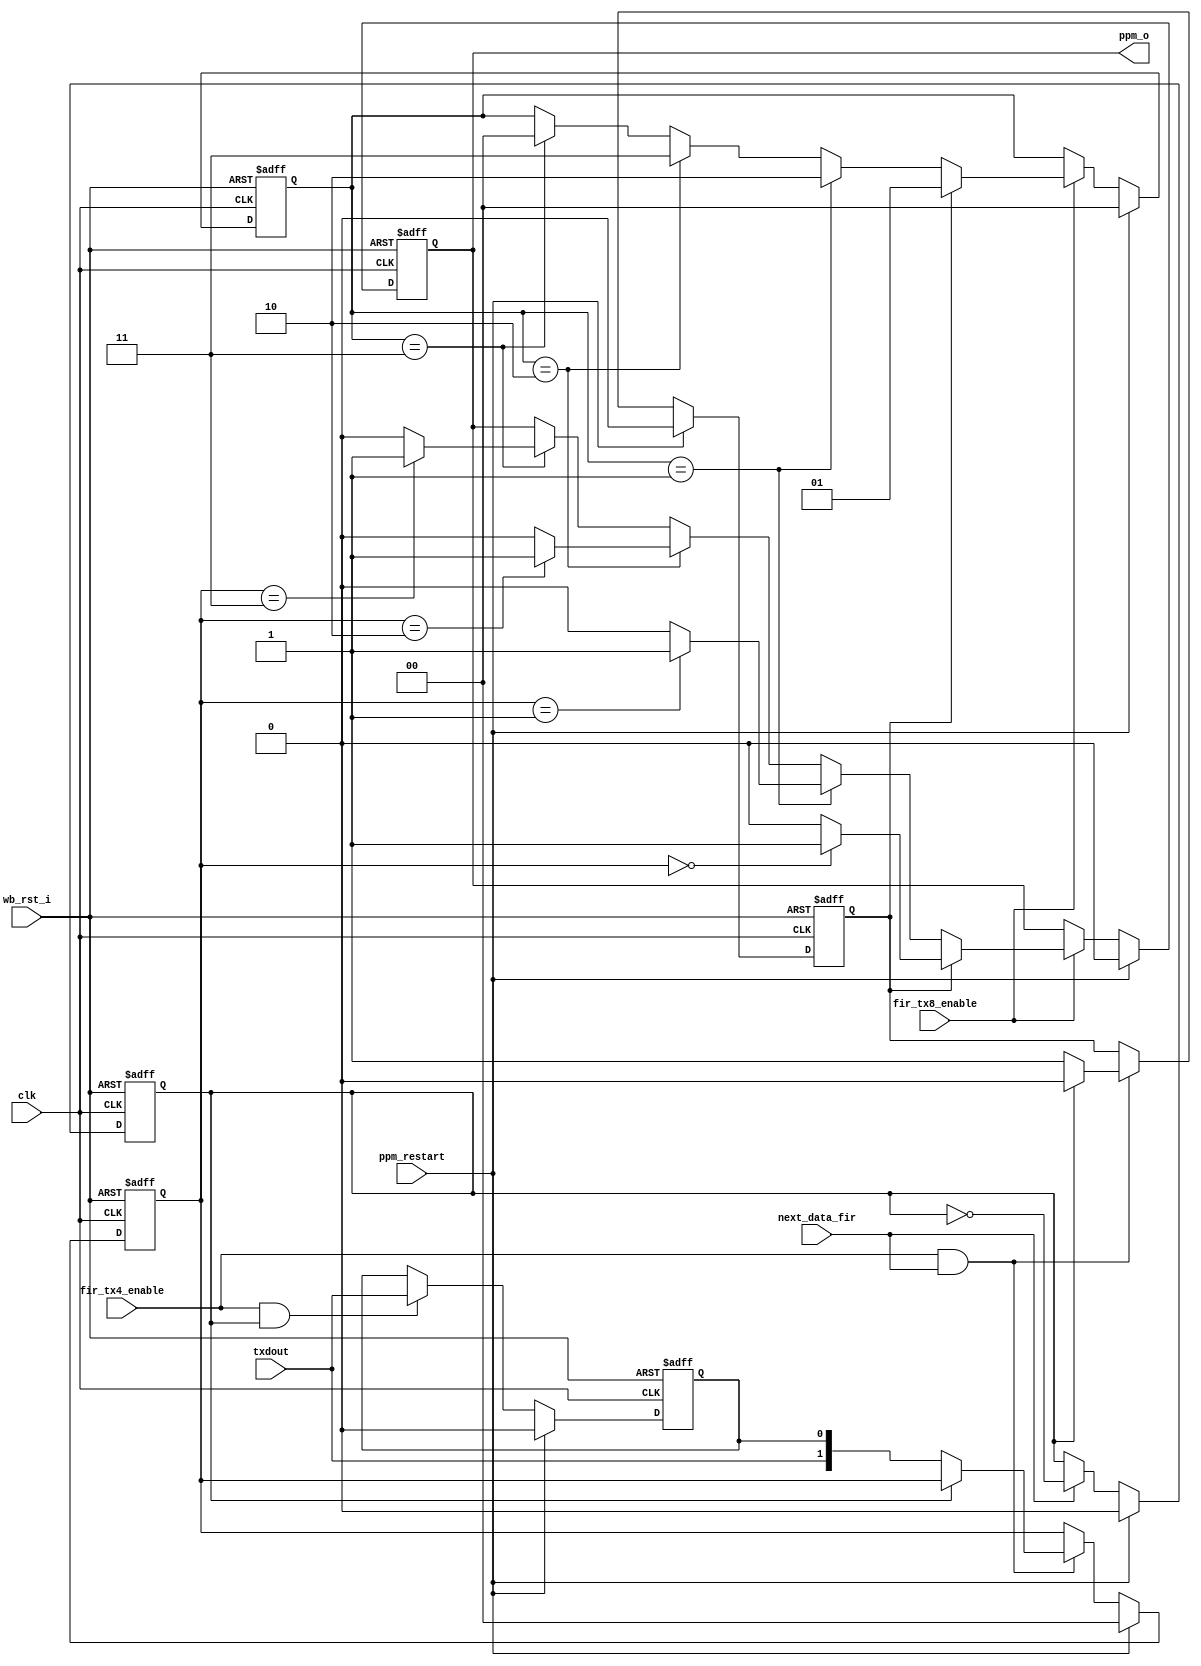
module irda_fir_4ppm_encoder (clk, wb_rst_i, ppm_restart, fir_tx8_enable, fir_tx4_enable, 
			next_data_fir, txdout, ppm_o);

input		clk;
input		wb_rst_i;
input		ppm_restart;
input		fir_tx8_enable;
input		fir_tx4_enable;
input		next_data_fir;
input		txdout; // input to the module is output from the CRC module

output	ppm_o;

reg			ppm_o;

reg			buffer;
reg			div2;
reg	[1:0]	dbp; // data bit pair (to be encoded)
reg			new_dbp;

// enabled every 2 bits
always @(posedge clk or posedge wb_rst_i)
begin
	if (wb_rst_i) begin
		div2 <= #1 0;
	end else if (ppm_restart)
		div2 <= #1 0;
	else if (next_data_fir)
		div2 <= #1 ~div2;
end

// input level (works at 4 Mhz)
always @(posedge clk or posedge wb_rst_i)
begin
	if (wb_rst_i) begin
		buffer <= #1 0;
	end else if (ppm_restart)
		buffer <= #1 0;
	else if 	(fir_tx4_enable && div2)
		buffer <= #1 txdout; // get input data to buffer once in 2 bits
end

// 2-bit holder register
always @(posedge clk or posedge wb_rst_i)
begin
	if (wb_rst_i) begin
		dbp <= #1 0;
		new_dbp <= #1 0;
	end else if (ppm_restart) begin
		dbp <= #1 0;
		new_dbp <= #1 0;
	end else if (fir_tx4_enable && next_data_fir)
		if ( !div2 ) begin
			dbp <= #1 {txdout, buffer};
			new_dbp <= #1 1;
		end else
			new_dbp <= #1 0;
end

reg [0:1] chip; // chip number inside the dbp

always @(posedge clk or posedge wb_rst_i)
begin
	if (wb_rst_i) begin
		ppm_o <= #1 0;
		chip <= #1 0;
	end else if (ppm_restart) begin
		ppm_o <= #1 0;
		chip <= #1 0;
	end else	if (fir_tx8_enable)
	if (new_dbp) begin
			case (dbp)
				2'b00 : ppm_o <= #1 1;
				default : ppm_o <= #1 0;
			endcase
			chip <= #1 1;
	end else if (chip==1) begin
		case (dbp)
			2'b01 : ppm_o <= #1 1;
			default : ppm_o <= #1 0;
		endcase
		chip <= #1 2;
	end else if (chip==2) begin
		case (dbp)
			2'b10 : ppm_o <= #1 1;
			default : ppm_o <= #1 0;
		endcase
		chip <= #1 3;
	end else if (chip==3) begin
		case (dbp)
			2'b11 : ppm_o <= #1 1;
			default : ppm_o <= #1 0;
		endcase
		chip <= #1 0;
	end
end

endmodule